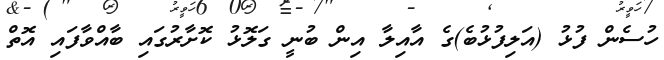
ހުސެން ފުޅު (އަލިފުޅުބެ)ގެ އާއިލާ އިން ބުނީ ގަލޮޅު ކޮށާރުގައި ބާއްވާފައި އޮތް